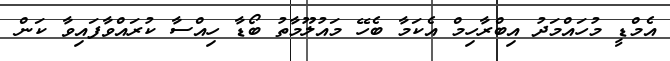
އެމްޑީ މުހައްމަދު އިބްރާހިމް އެކަމާ ބެހޭ މައުލޫމާތު ބޯޑާ ހިއްސާ ކުރައްވާފައިވާ ކަން